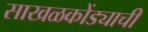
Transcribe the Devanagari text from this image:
साखळकोंड्याची